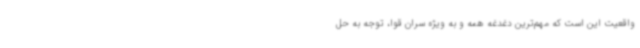
واقعیت این است که مهم‌ترین دغدغه همه و به ویژه سران قوا، توجه به حل